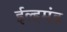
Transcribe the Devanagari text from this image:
ईल्हमंड